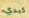
كبدي